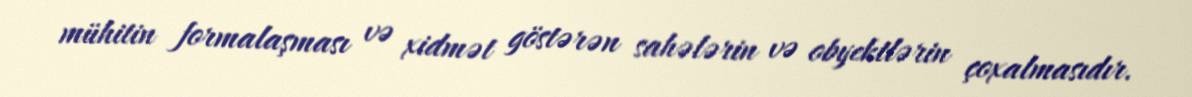
mühitin formalaşması və xidmət göstərən sahələrin və obyektlərin çoxalmasıdır.